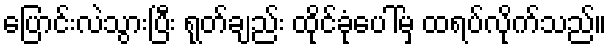
ပြောင်းလဲသွားပြီး ရုတ်ချည်း ထိုင်ခုံပေါ်မှ ထရပ်လိုက်သည်။